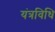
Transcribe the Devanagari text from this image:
यंत्रविधि